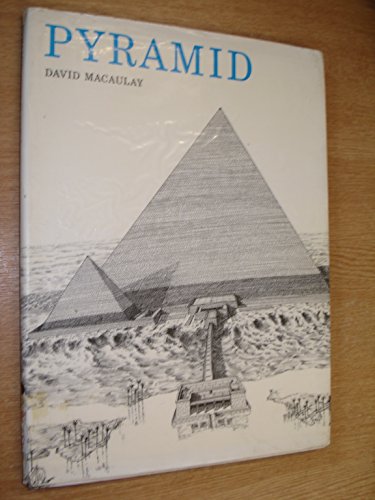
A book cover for Pyramid; DAVID MACAULAY; Children's Books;